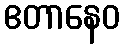
ဧတာနေဝ